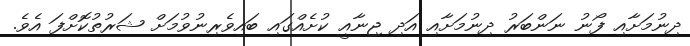
ދިނުމަށާއި ފޯނު ނަންބަރު ދިނުމަށާއި އަދި ޖިނާއީ ކުށެއްގައި ބައިވެރިނުވުމަށް ޝަރުތުކޮށްފަ އެެވެ.